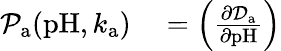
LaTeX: \begin{array}{rl}{\mathcal{P}_{\mathrm{a}}(\mathrm{pH},k_{\mathrm{a}})}&{{}=\left(\frac{\partial\mathcal{D}_{\mathrm{a}}}{\partial\mathrm{pH}}\right)}\end{array}